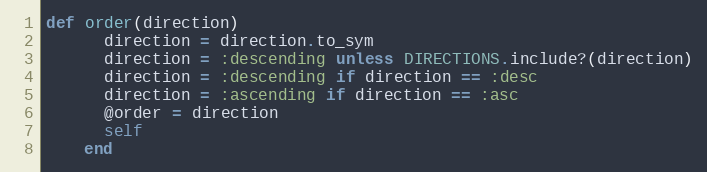
Language: Ruby
def order(direction)
      direction = direction.to_sym
      direction = :descending unless DIRECTIONS.include?(direction)
      direction = :descending if direction == :desc
      direction = :ascending if direction == :asc
      @order = direction
      self
    end